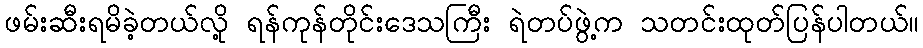
ဖမ်းဆီးရမိခဲ့တယ်လို့ ရန်ကုန်တိုင်းဒေသကြီး ရဲတပ်ဖွဲ့က သတင်းထုတ်ပြန်ပါတယ်။